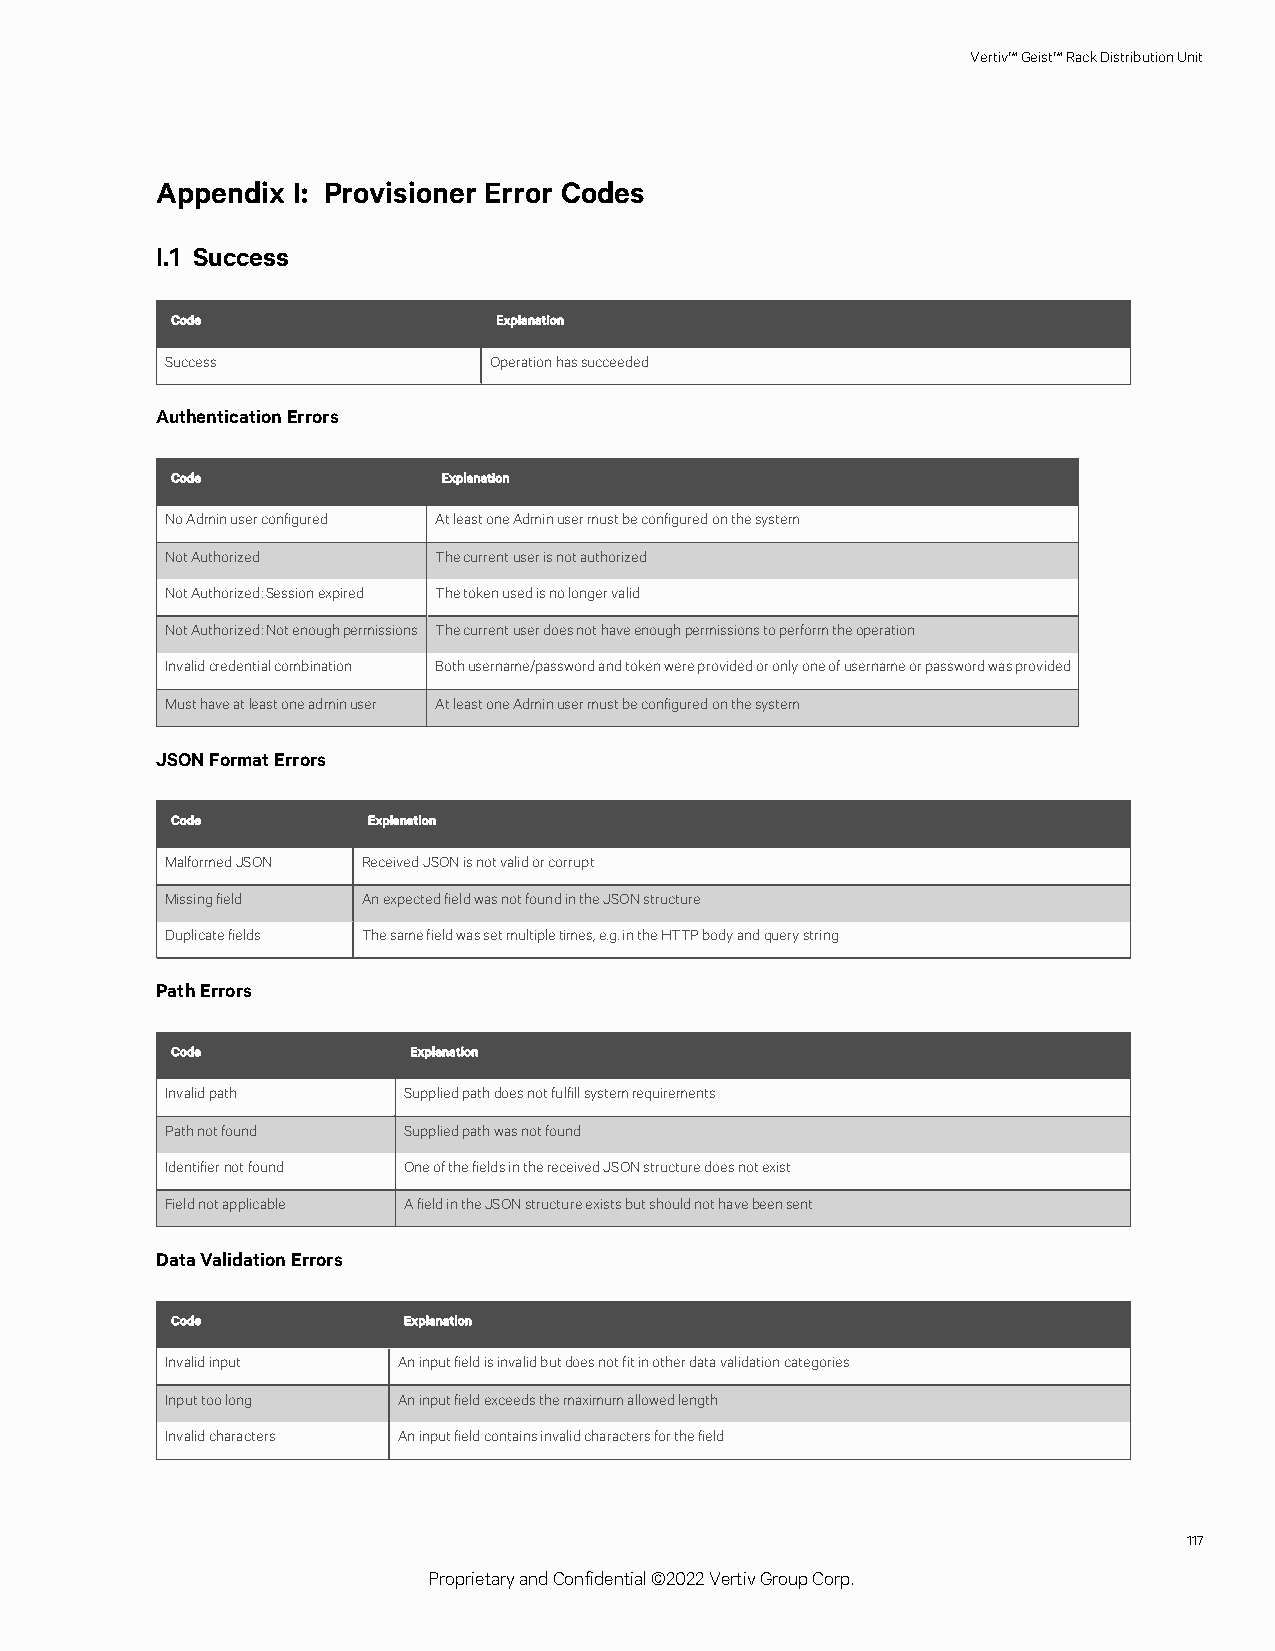
Vertiv™Geist™RackDistributionUnit
 Appendix I: Provisioner Error Codes
 I.1 Success
 Code                  Explanation
 Success              Operationhassucceeded
 AuthenticationErrors
 Code              Explanation
 NoAdminuserconfigured AtleastoneAdminusermustbeconfiguredonthesystem
 NotAuthorized     Thecurrentuserisnotauthorized
 NotAuthorized:Sessionexpired Thetokenusedisnolongervalid
 NotAuthorized:Notenoughpermissions Thecurrentuserdoesnothaveenoughpermissionstoperformtheoperation
 Invalidcredentialcombination Bothusername/passwordandtokenwereprovidedoronlyoneofusernameorpasswordwasprovided
 Musthaveatleastoneadminuser AtleastoneAdminusermustbeconfiguredonthesystem
 JSONFormatErrors
 Code         Explanation
 MalformedJSON ReceivedJSONisnotvalidorcorrupt
 Missingfield AnexpectedfieldwasnotfoundintheJSONstructure
 Duplicatefields Thesamefieldwassetmultipletimes,e.g.intheHTTPbodyandquerystring
 PathErrors
 Code            Explanation
 Invalidpath     Suppliedpathdoesnotfulfillsystemrequirements
 Pathnotfound    Suppliedpathwasnotfound
 Identifiernotfound OneofthefieldsinthereceivedJSONstructuredoesnotexist
 Fieldnotapplicable AfieldintheJSONstructureexistsbutshouldnothavebeensent
 DataValidationErrors
 Code            Explanation
 Invalidinput   Aninputfieldisinvalidbutdoesnotfitinotherdatavalidationcategories
 Inputtoolong   Aninputfieldexceedsthemaximumallowedlength
 Invalidcharacters Aninputfieldcontainsinvalidcharactersforthefield
 117
 ProprietaryandConfidential©2022VertivGroupCorp.